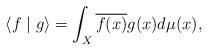
LaTeX: \begin{align*}\langle f \mid g\rangle =\int_X\overline{ f(x)}{g(x)} d\mu(x),\end{align*}